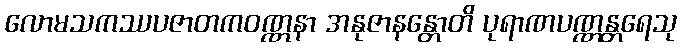
လောမသကဿပဇာတကဝဏ္ဏနာ အနုဇာနန္တောတိ ပုရာဏပဏ္ဏန္တရေသု